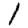
Digit: 1